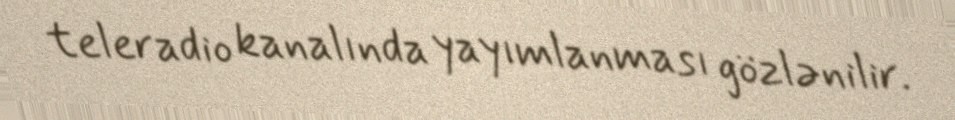
teleradio kanalında yayımlanması gözlənilir.